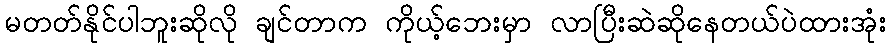
မတတ်နိုင်ပါဘူးဆိုလို ချင်တာက ကိုယ့်ဘေးမှာ လာပြီးဆဲဆိုနေတယ်ပဲထားအုံး